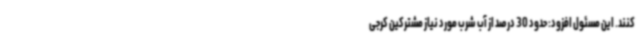
کنند. این مسئول افزود: حدود 30 درصد از آب شرب مورد نیاز مشترکین کرجی